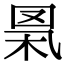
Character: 𦊻